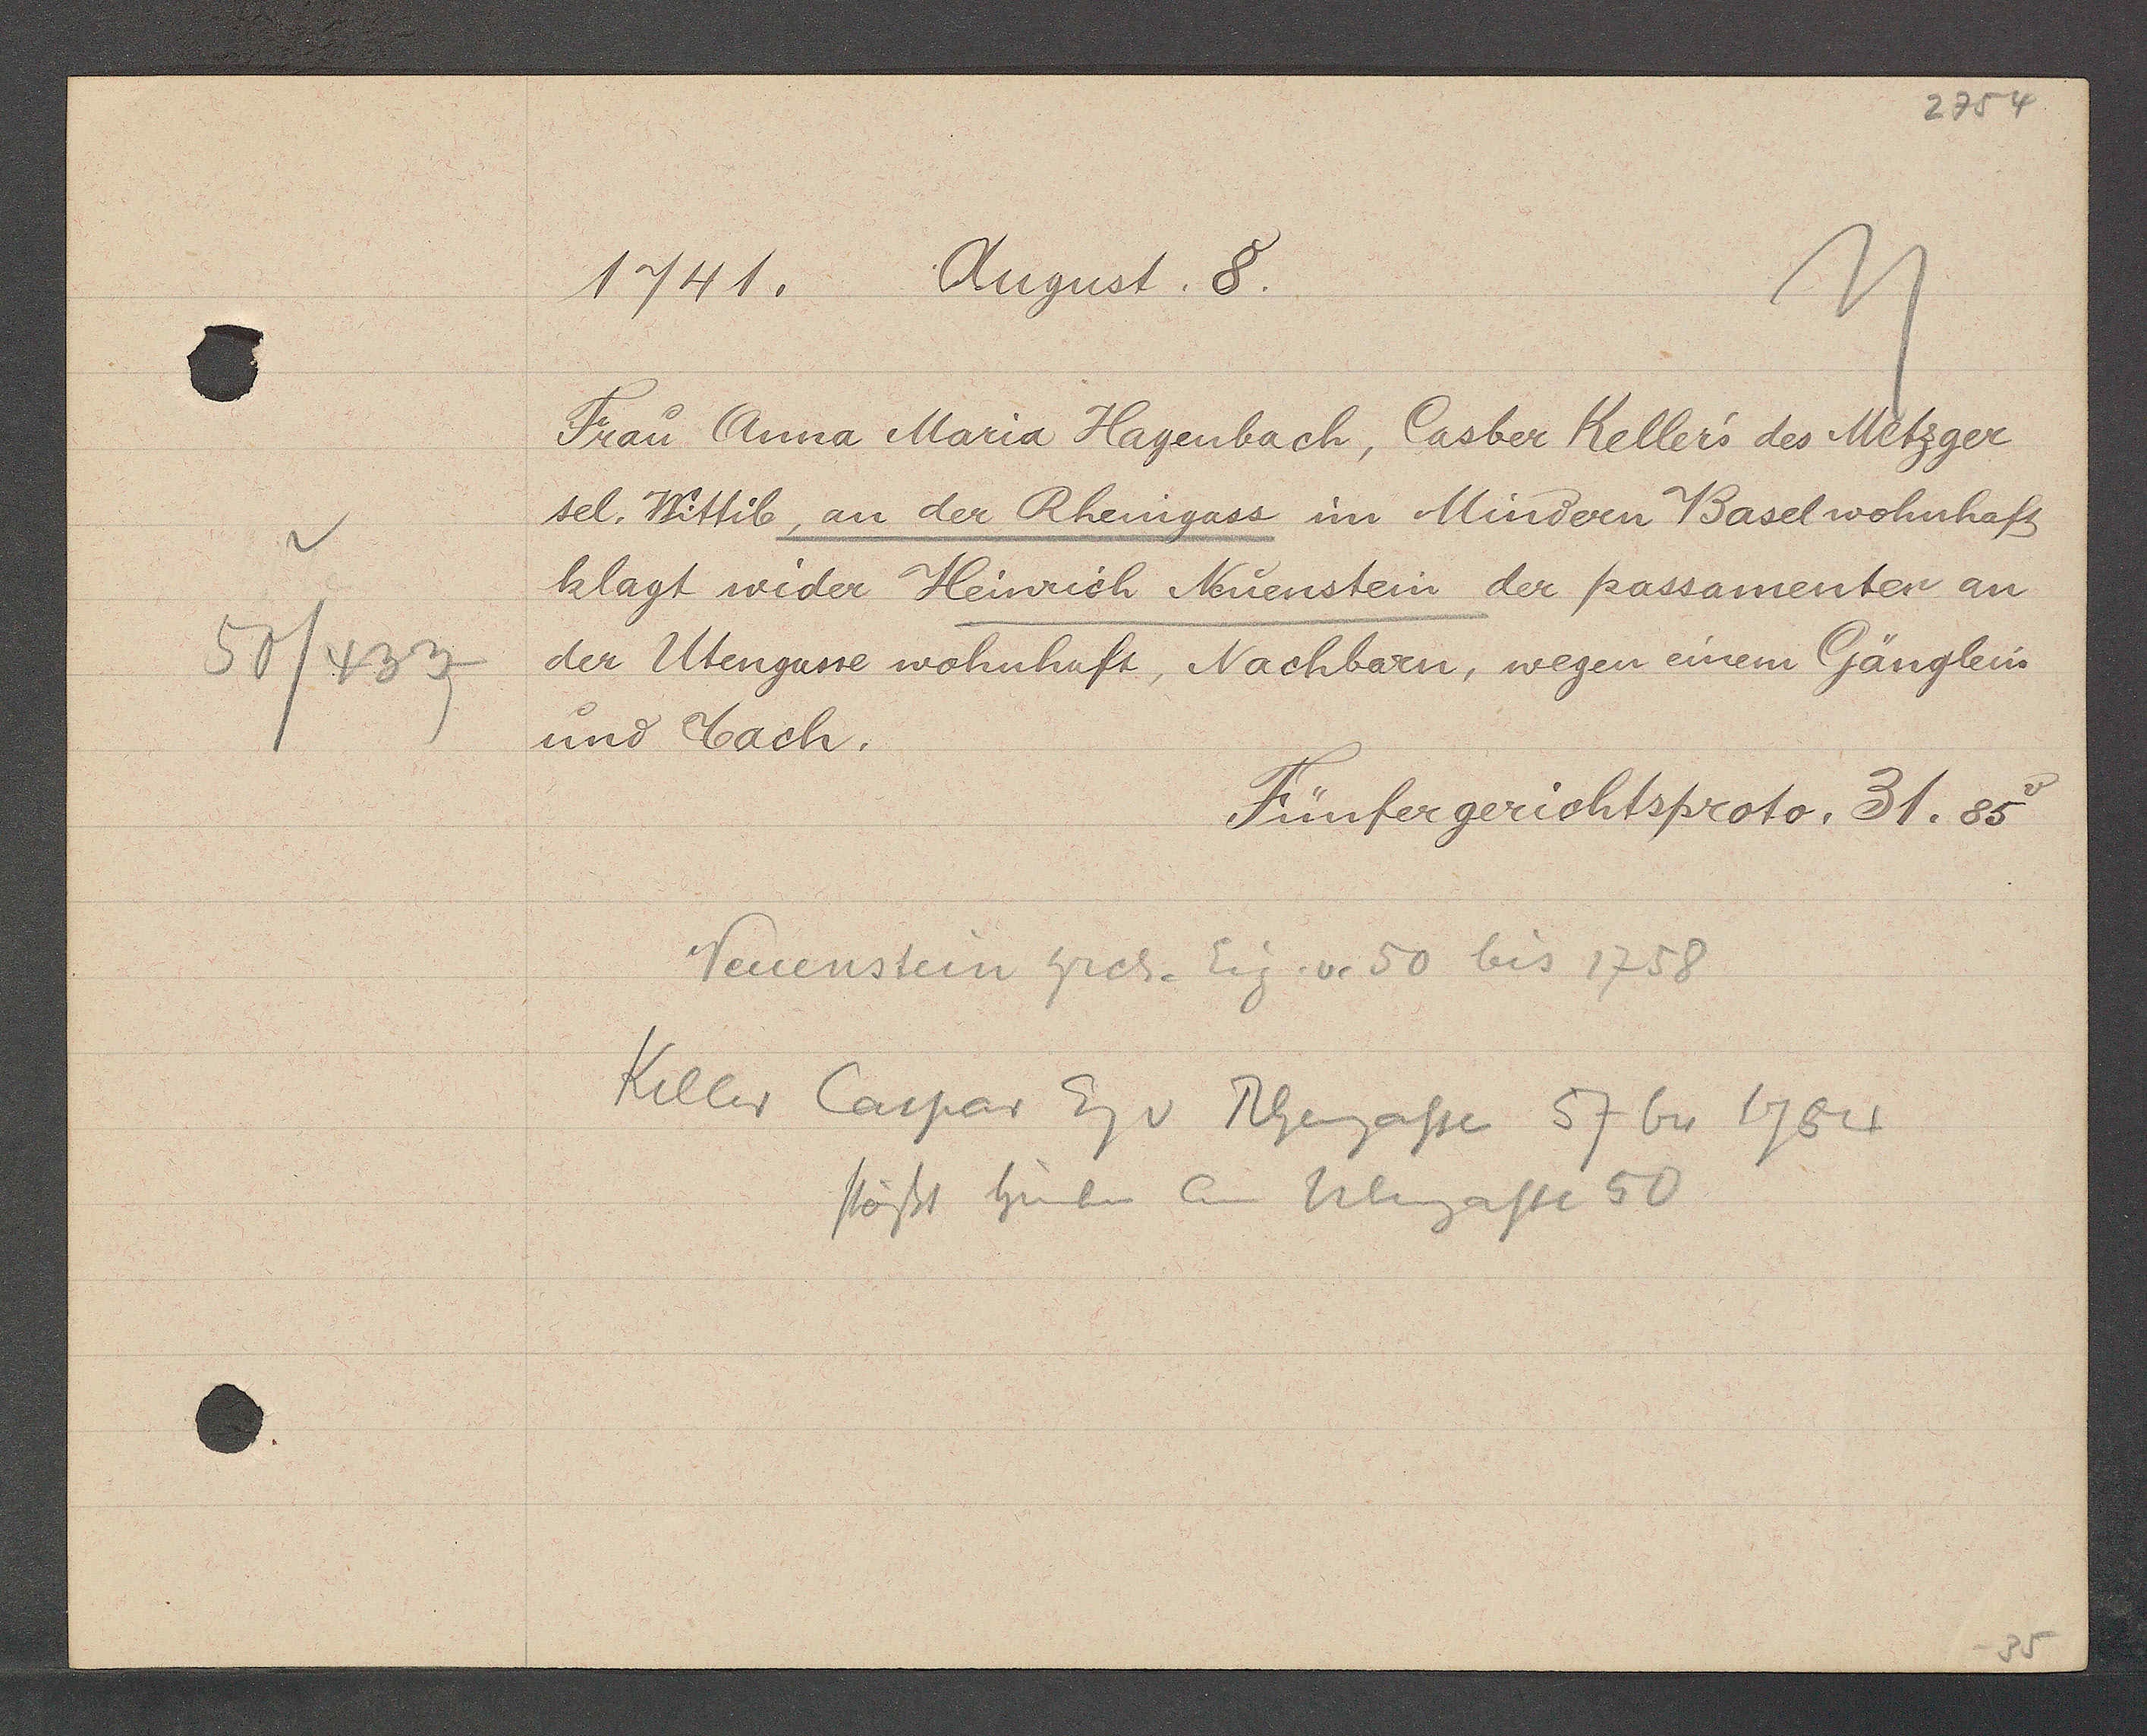
Transcript:
50/433

1741. August. 8.

Frau Anna Maria Hagenbach, Casber Kellers des Metzger
sel. Wittib, an der Rheingass im Mindern Basel wohnhaft
klagt wider Heinrich Nuenstein der passamenter an
der Utengasse wohnhaft, Nachbarn, wegen einem Gänglein
und dach.

Fünfergerichtsproto. 31. 85.

Neuenstein hrch. Eig. v. 50 bis 1758
Killer Caspar Eig v Rheingasse 57 bis 1754
stösst hinten an Ulingasse 50